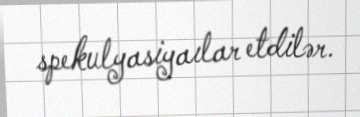
spekulyasiyaılar etdilər.